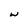
Character: w